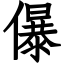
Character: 儤